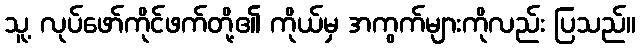
သူ့ လုပ်ဖော်ကိုင်ဖက်တို့၏ ကိုယ်မှ အကွက်များကိုလည်း ပြသည်။